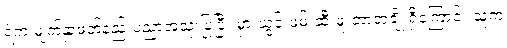
ရဲက မျက်နှာဖတ်နည်းပညာအသုံးပြုပြီး မှားယွင်းဖမ်းဆီးဖူးတာတချို့ရှိကြောင်း သူက